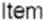
ITEM